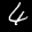
Label: 4